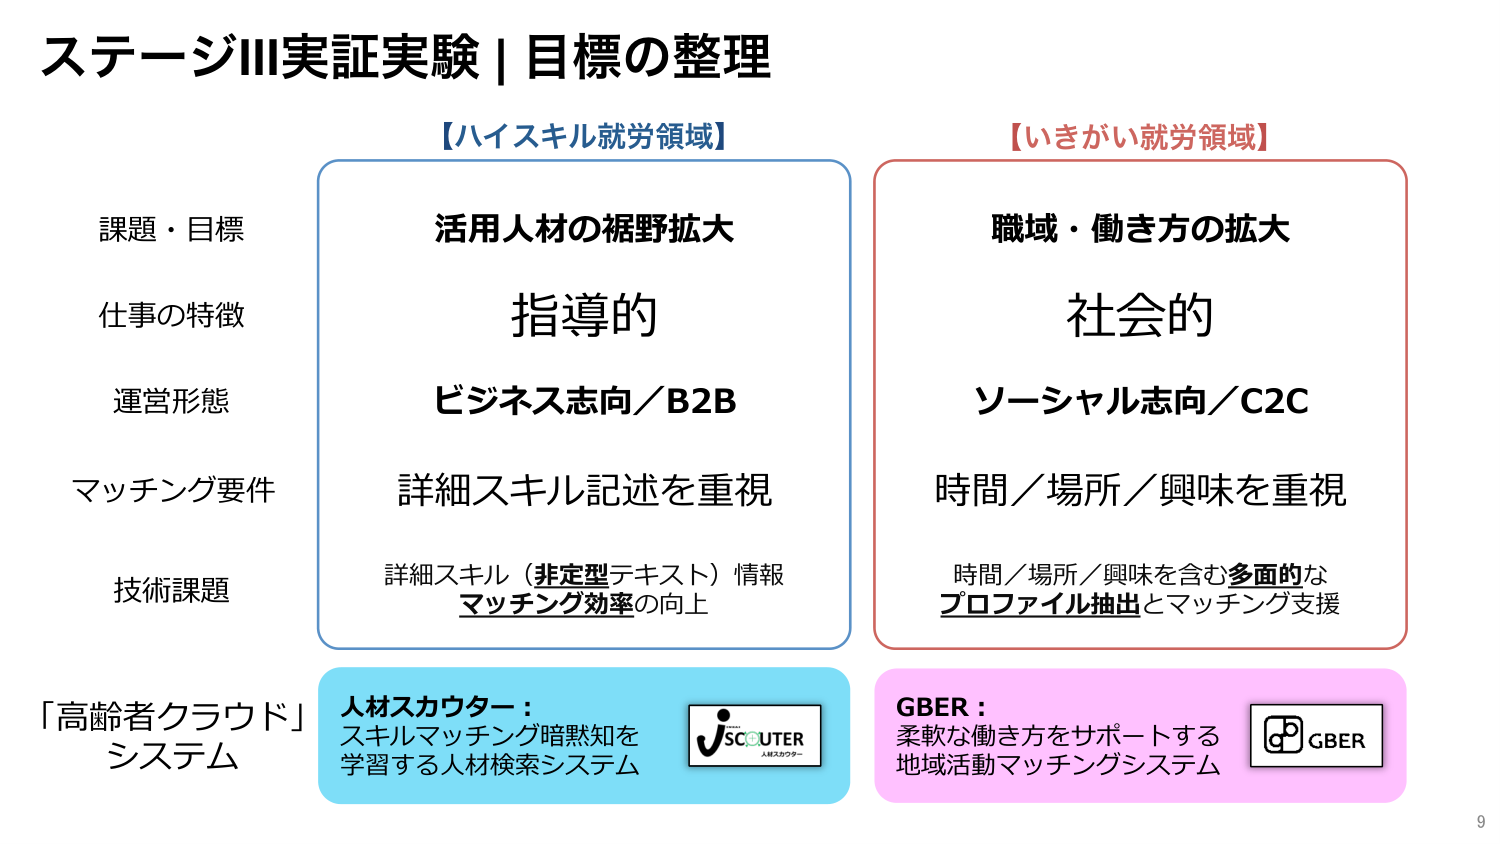
ステージⅢ実証実験｜目標の整理

【ハイスキル就労領域】
活用人材の裾野拡大
指導的
ビジネス志向／B2B
詳細スキル記述を重視
詳細スキル（非定型テキスト）情報
マッチング効率の向上

【いきがい就労領域】
職域・働き方の拡大
社会的
ソーシャル志向／C2C
時間／場所／興味を重視
時間／場所／興味を含む多面的な
プロファイル抽出とマッチング支援

課題・目標
仕事の特徴
運営形態
マッチング要件
技術課題

「高齢者クラウド」
システム

人材スカウター：
スキルマッチング暗黙知を
学習する人材検索システム

jSCOUTER
人材スカウター

GBER：
柔軟な働き方をサポートする
地域活動マッチングシステム

GBER

9